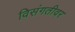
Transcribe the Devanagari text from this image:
विसंगतीवर